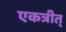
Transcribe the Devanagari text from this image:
एकत्रीत्